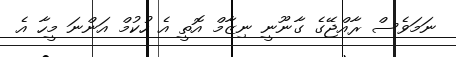
ނަމަވެސް ރާއްޖޭގެ ގާނޫނީ ނިޒާމް އޮތީ އެ ހުކުމް އަންނަ މީހާ އެ